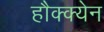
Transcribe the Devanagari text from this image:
हौक्क्येन